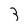
Character: 3